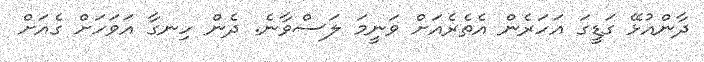
ދާންއުޅޭ ގަޑީގަ އަހަރެން އެތެރެއަށް ވަނީމަ ލަސްވާނެ. ދެން ހިނގާ އަވަހަށް ގެއަށް